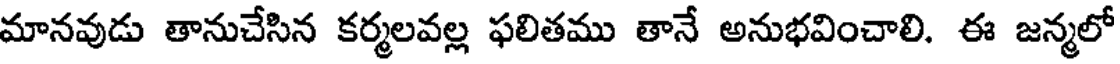
మానవుడు తానుచేసిన కర్మలవల్ల ఫలితము తానే అనుభవించాలి. ఈ జన్మలో